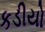
કડીયો